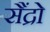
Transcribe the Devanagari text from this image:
सैंद्रो